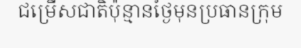
ជម្រើសជាតិប៉ុន្មានថ្ងៃមុនប្រធានក្រុម